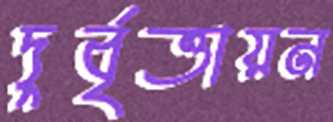
দুর্বৃত্তায়ন